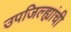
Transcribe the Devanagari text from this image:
उपजिल्ह्यांची